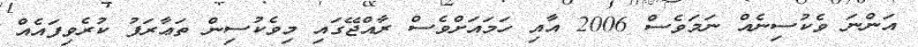
އަންނަ ވެކުސިނެއް ނަމަވެސް 2006 އާއި ހަމައަށްވެސް ރާއްޖޭގައި މިވެކުސިން ތަޢާރަފު ކުރެވިފައެއް